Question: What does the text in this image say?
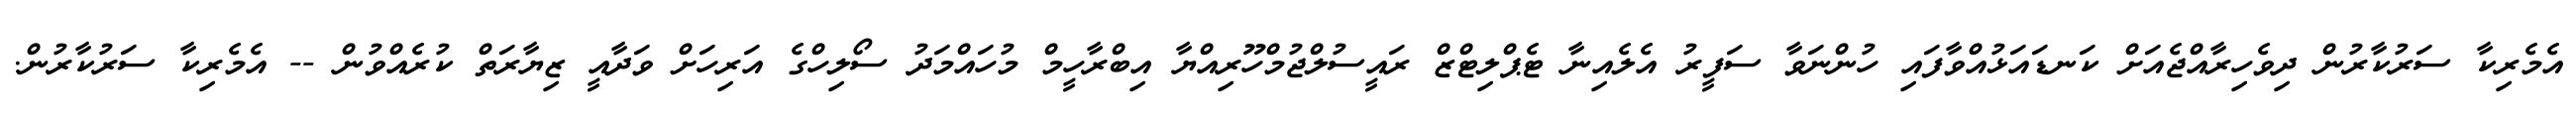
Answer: އެމެރިކާ ސަރުކާރުން ދިވެހިރާއްޖެއަށް ކަނޑައަޅުއްވާފައި ހުންނަވާ ސަފީރު އެލެއިނާ ޓެޕްލިޓްޒް ރައީސުލްޖުމްހޫރިއްޔާ އިބްރާހީމް މުހައްމަދު ސޯލިހްގެ އަރިހަށް ވަދާއީ ޒިޔާރަތް ކުރެއްވުން -- އެމެރިކާ ސަރުކާރުން.